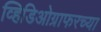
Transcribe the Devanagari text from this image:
व्हिडिओग्राफरच्या